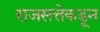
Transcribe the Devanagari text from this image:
राजसत्तेकडून